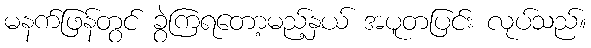
မနက်ဖြန်တွင် ခွဲကြရတော့မည့်နှယ် အပူတပြင်း လုပ်သည်။